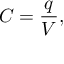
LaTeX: C = { \frac { q } { V } } ,